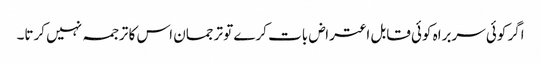
اگر کوئی سربراہ کوئی قابل اعتراض بات کرے تو ترجمان اس کا ترجمہ نہیں کرتا۔